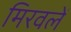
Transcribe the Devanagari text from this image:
मिरवलें